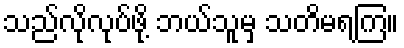
သည်လိုလုပ်ဖို့ ဘယ်သူမှ သတိမရကြ။